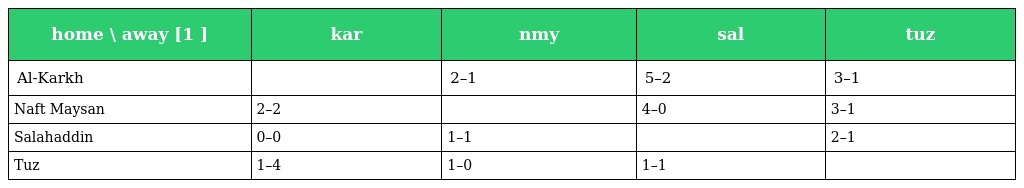
| home \ away [1 ] | kar | nmy | sal | tuz |
 | --- | --- | --- | --- | --- |
 | Al-Karkh |  | 2–1 | 5–2 | 3–1 |
 | Naft Maysan | 2–2 |  | 4–0 | 3–1 |
 | Salahaddin | 0–0 | 1–1 |  | 2–1 |
 | Tuz | 1–4 | 1–0 | 1–1 |  |